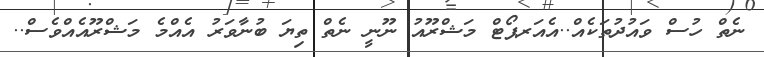
ނެތް ހުސް ވައުދުތަކެއް..އެއަރޕޯޓް މަޝްރޫއު ނޫނީ ނެތް ތިޔަ ބުނާވަރު އެއްމެ މަޝްރޫއެއްވެސް..